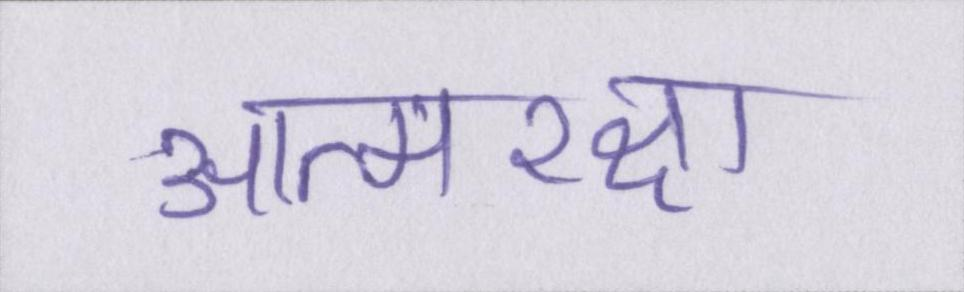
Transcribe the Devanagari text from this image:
आत्मरक्षा